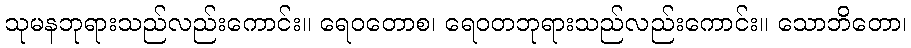
သုမနဘုရားသည်လည်းကောင်း။ ရေဝတောစ၊ ရေဝတဘုရားသည်လည်းကောင်း။ သောဘိတော၊